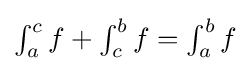
{\textstyle \int _{a}^{c}f+\int _{c}^{b}f=\int _{a}^{b}f}